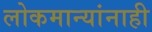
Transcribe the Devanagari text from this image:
लोकमान्‍यांनाही